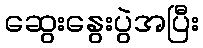
ဆွေးနွေးပွဲအပြီး